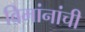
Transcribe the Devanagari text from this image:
विमांनांची